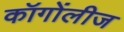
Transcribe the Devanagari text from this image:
कॉगोंलीज